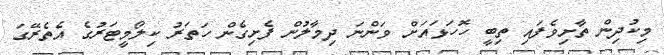
މިކުދިން ތާށިވެފައި ތިބީ ހޮހަޅައަށް ވަންނަ ދިމާލުން ފެށިގެން ހަތަރު ކިލޯމީޓަރުގެ އެތެރޭގަ